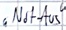
Text: "Not-Aus"